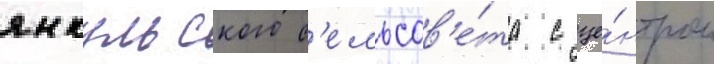
янкульского с'ельсов'е́та с це́нтром